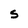
Character: S